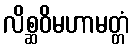
လိစ္ဆဝိမဟာမတ္တံ